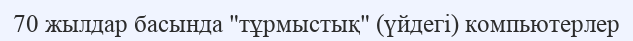
70 жылдар басында "тұрмыстық" (үйдегі) компьютерлер